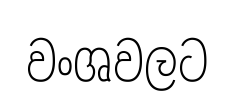
වංශවලට